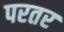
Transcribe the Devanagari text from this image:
परतर